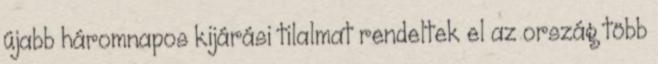
újabb háromnapos kijárási tilalmat rendeltek el az ország több